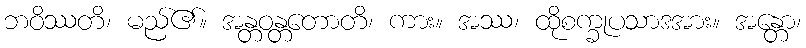
ဘဝိဿတိ၊ မည်၏။ အန္တဝန္တတောတိ၊ ကား။ အဿ၊ ထိုစက္ခုပသာဒအား။ အန္တော၊